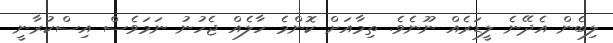
ލިބެން އެދޭނެ ލީޑަރެއް ނޫނެވެ. ތިމާއަށް ކޮންމެ ހާލެއް ޖެހުނު ނަމަވެސް އިސްކުރާނީ